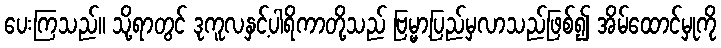
ပေးကြသည်။ သို့ရာတွင် ဒုကူလနှင့်ပါရိကာတို့သည် ဗြမ္မာ့ပြည်မှလာသည်ဖြစ်၍ အိမ်ထောင်မှုကို